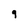
Character: 9